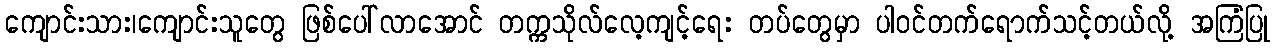
ကျောင်းသား၊ကျောင်းသူတွေ ဖြစ်ပေါ်လာအောင် တက္ကသိုလ်လေ့ကျင့်ရေး တပ်တွေမှာ ပါဝင်တက်ရောက်သင့်တယ်လို့ အကြံပြု